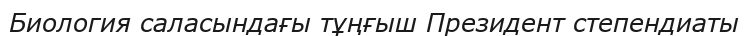
Биология саласындағы тұңғыш Президент степендиаты